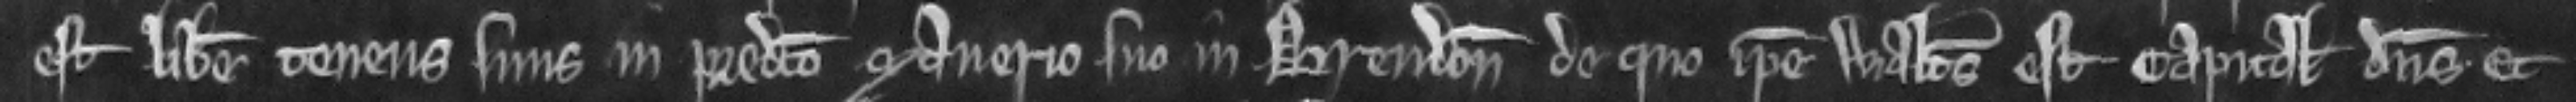
est liber tenens suus in predicto manerio in Brendon de quo ipse Walterus est capitalis dominus. et